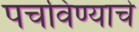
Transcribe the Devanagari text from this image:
पचविण्याचे